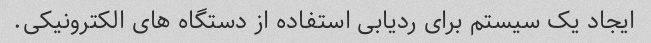
ایجاد یک سیستم برای ردیابی استفاده از دستگاه های الکترونیکی.